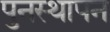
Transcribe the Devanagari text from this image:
पुनस्थापन